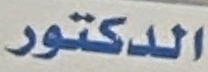
الدكتور